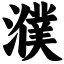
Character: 濮